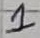
Text: 1